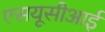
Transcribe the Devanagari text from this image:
एसयूसीआई